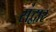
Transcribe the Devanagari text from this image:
संद्वार